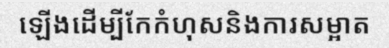
ឡើងដើម្បីកែកំហុសនិងការសម្អាត